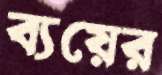
ব্যয়ের